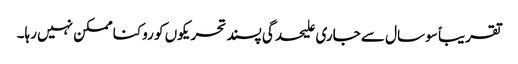
تقریباً سو سال سے جاری علیحدگی پسند تحریکوں کو روکنا ممکن نہیں رہا۔